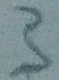
Text: 3